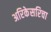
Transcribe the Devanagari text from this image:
अरिकेसरिचा